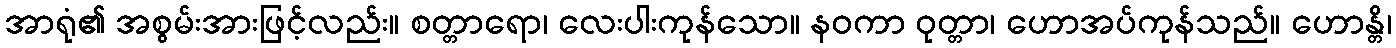
အာရုံ၏ အစွမ်းအားဖြင့်လည်း။ စတ္တာရော၊ လေးပါးကုန်သော။ နဝကာ ဝုတ္တာ၊ ဟောအပ်ကုန်သည်။ ဟောန္တိ၊